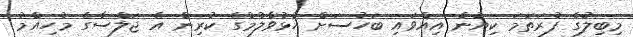
މިބިލުގެ ފުރަތަމަ ކިޔުން އިއްވައި ބަހުސަށް ހުޅުވާލުމުގެ ކުރިން އެ ޖަލްސާގެ މުހިއްމު